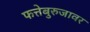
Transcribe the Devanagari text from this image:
फत्तेबुरुजावर